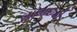
બાલાછડી